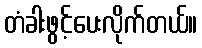
တံခါးဖွင့်ပေးလိုက်တယ်။